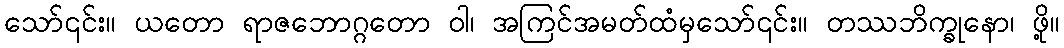
သော်၎င်း။ ယတော ရာဇဘောဂ္ဂတော ဝါ၊ အကြင်အမတ်ထံမှသော်၎င်း။ တဿဘိက္ခုနော၊ ဖို့။